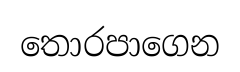
තොරපාගෙන